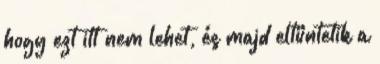
hogy ezt itt nem lehet, és majd eltüntetik a